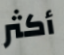
أكثر